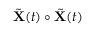
\tilde { \mathbf { X } } ( t ) \circ \tilde { \mathbf { X } } ( t )